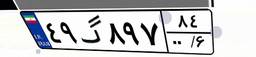
۵۲گ۳۷۱۰۱